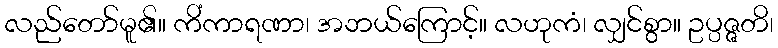
လည်တော်မူ၏။ ကိံကာရဏာ၊ အဘယ်ကြောင့်။ လဟုကံ၊ လျှင်စွာ။ ဥပ္ပဇ္ဇတိ၊